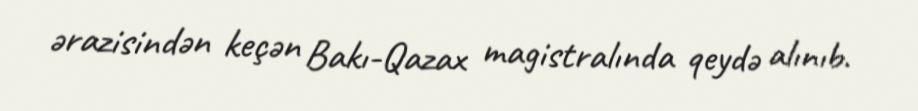
ərazisindən keçən Bakı-Qazax magistralında qeydə alınıb.